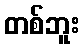
တစ်ဘူး